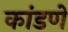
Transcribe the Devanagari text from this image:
कांडणे